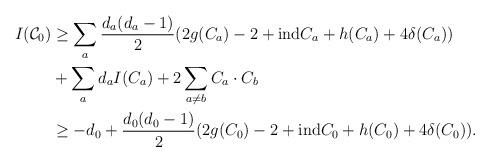
LaTeX: \begin{align*} I(\mathcal{C}_0) & \ge \sum\limits_a \frac{d_a(d_a-1)}{2}(2g(C_a)- 2 + {\rm ind} C_a + h(C_a)+ 4\delta(C_a)) \\ &+ \sum\limits_a d_aI(C_a) + 2 \sum\limits_{a \ne b} C_a \cdot C_b \\&\ge - d_0 + \frac{d_0(d_0-1)}{2}(2g(C_0)- 2 + {\rm ind} C_0 + h(C_0)+ 4\delta(C_0)).\end{align*}